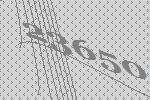
23650